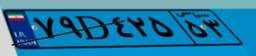
۷۹D۴۲۵۵۳